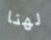
لهنا